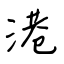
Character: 港